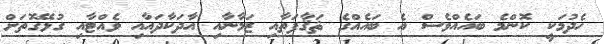
ހެދުމަކީ ކޮންމެ ބައެއްވެސް އެ ބައެއްގެ ޘަޤާފަތާއި ޒަމާނާއި އާދަކާދައާއި ވެއްޓާއި ގުޅޭގޮތަށް